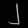
Digit: ၂